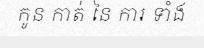
កូន កាត់ នៃ ការ ទាំង